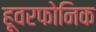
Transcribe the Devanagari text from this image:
हूवरफोनिक